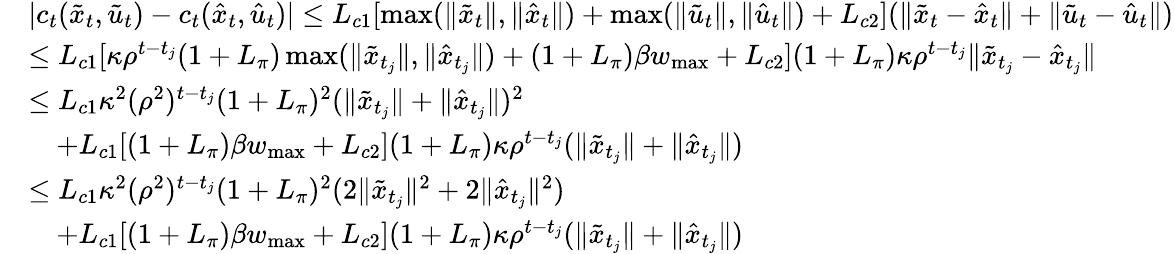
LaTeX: \begin{array}{rl}&{|c_{t}(\tilde{x}_{t},\tilde{u}_{t})-c_{t}(\hat{x}_{t},\hat{u}_{t})|\leq L_{c1}[\operatorname*{max}(\| \tilde{x}_{t}\| ,\| \hat{x}_{t}\| )+\operatorname*{max}(\| \tilde{u}_{t}\| ,\| \hat{u}_{t}\| )+L_{c2}](\| \tilde{x}_{t}-\hat{x}_{t}\| +\| \tilde{u}_{t}-\hat{u}_{t}\| )}\\ &{\leq L_{c1}[\kappa\rho^{t-t_{j}}(1+L_{\pi})\operatorname*{max}(\| \tilde{x}_{t_{j}}\| ,\| \hat{x}_{t_{j}}\| )+(1+L_{\pi})\beta w_{\operatorname*{max}}+L_{c2}](1+L_{\pi})\kappa\rho^{t-t_{j}}\| \tilde{x}_{t_{j}}-\hat{x}_{t_{j}}\| }\\ &{\leq L_{c1}\kappa^{2}(\rho^{2})^{t-t_{j}}(1+L_{\pi})^{2}(\| \tilde{x}_{t_{j}}\| +\| \hat{x}_{t_{j}}\| )^{2}}\\ &{\quad+L_{c1}[(1+L_{\pi})\beta w_{\operatorname*{max}}+L_{c2}](1+L_{\pi})\kappa\rho^{t-t_{j}}(\| \tilde{x}_{t_{j}}\| +\| \hat{x}_{t_{j}}\| )}\\ &{\leq L_{c1}\kappa^{2}(\rho^{2})^{t-t_{j}}(1+L_{\pi})^{2}(2\| \tilde{x}_{t_{j}}\| ^{2}+2\| \hat{x}_{t_{j}}\| ^{2})}\\ &{\quad+L_{c1}[(1+L_{\pi})\beta w_{\operatorname*{max}}+L_{c2}](1+L_{\pi})\kappa\rho^{t-t_{j}}(\| \tilde{x}_{t_{j}}\| +\| \hat{x}_{t_{j}}\| )}\end{array}